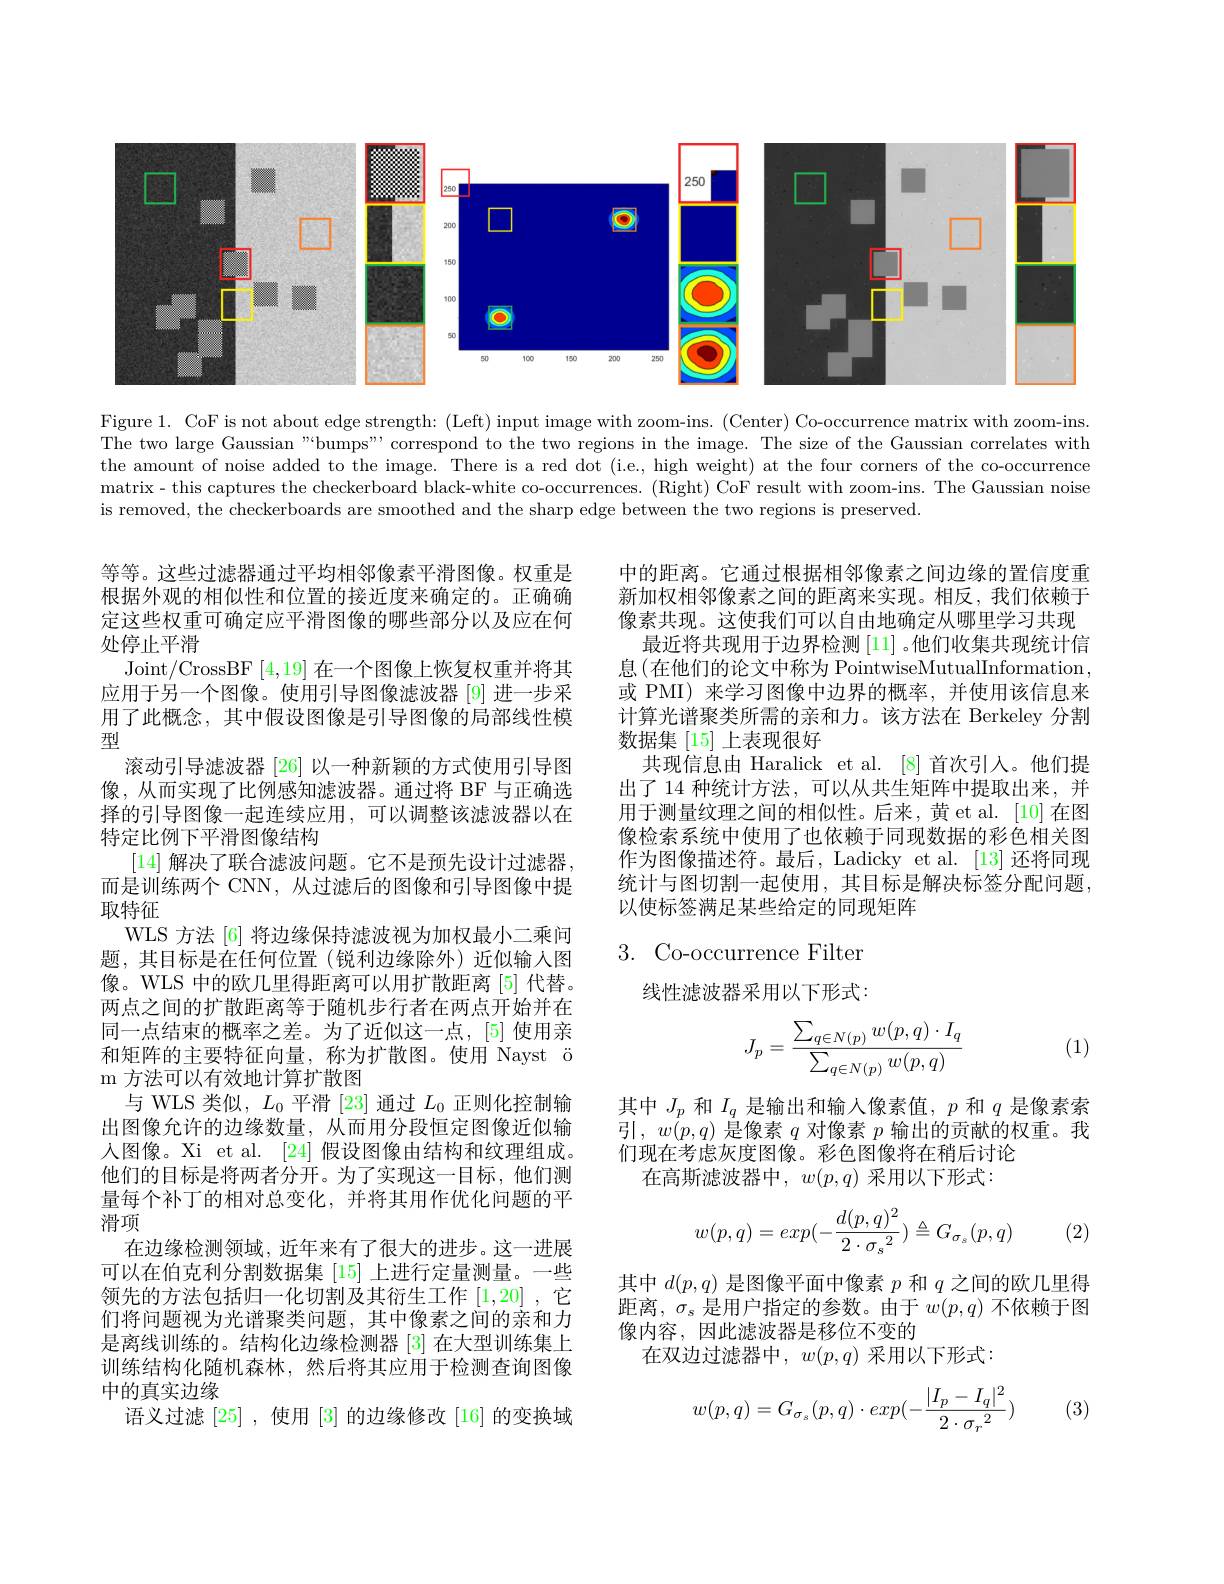
<FigureHere>

Figure 1. CoF is not about edge strength: (Left) input image with zoom-ins. (Center) Co-occurrence matrix with zoom-ins. The two large Gaussian "'bumps", correspond to the two regions in the image. The size of the Gaussian correlates with the amount of noise added to the image. There is a red dot (i.e., high weight) at the four corners of the co-occurrence matrix- this captures the checkerboard black-white co-occurrences. (Right) CoF result with zoom-ins. The Gaussian noise is removed, the checkerboards are smoothed and the sharp edge between the two regions is preserved.

中的距离。它通过根据相邻像素之间边缘的置信度重新加权相邻像素之间的距离来实现。相反，我们依赖于像素共现。这使我们可以自由地确定从哪里学习共现
最近将共现用于边界检测[11] 。他们收集共现统计信息(在他们的论文中称为 PointwiseMutualInformation, 或 PMI) 来学习图像中边界的概率，并使用该信息来计算光谱聚类所需的亲和力。该方法在 Berkeley 分割数据集 [15] 上表现很好
共现信息由 Haralick et al. [8]首次引入。他们提出了 14 种统计方法，可以从共生矩阵中提取出来，并用于测量纹理之间的相似性。后来，黄 et al. [10] 在图像检索系统中使用了也依赖于同现数据的彩色相关图作为图像描述符。最后，Ladicky et al. [13] 还将同现统计与图切割一起使用，其目标是解决标签分配问题， 以使标签满足某些给定的同现矩阵

3. Co-occurrence Filter

线性滤波器采用以下形式：

等等。这些过滤器通过平均相邻像素平滑图像。权重是根据外观的相似性和位置的接近度来确定的。正确确定这些权重可确定应平滑图像的哪些部分以及应在何处停止平滑
Joint/CrossBF [4,19]在一个图像上恢复权重并将其应用于另一个图像。使用引导图像滤波器 [9] 进一步采用了此概念，其中假设图像是引导图像的局部线性模型
滚动引导滤波器[26]以一种新颖的方式使用引导图像，从而实现了比例感知滤波器。通过将 BF 与正确选择的引导图像一起连续应用，可以调整该滤波器以在特定比例下平滑图像结构
[14]解决了联合滤波问题。它不是预先设计过滤器， 而是训练两个 CNN, 从过滤后的图像和引导图像中提取特征
WLS 方法 [6] 将边缘保持滤波视为加权最小二乘间题，其目标是在任何位置(锐利边缘除外)近似输入图像。WLS 中的欧几里得距离可以用扩散距离[5]代替。两点之间的扩散距离等于随机步行者在两点开始并在同一点结束的概率之差。为了近似这一点，[5] 使用亲和矩阵的主要特征向量，称为扩散图。使用 Nayst ö m 方法可以有效地计算扩散图
与 WLS 类似，$L_0$平滑[23]通过$L_0$正则化控制输出图像允许的边缘数量，从而用分段恒定图像近似输人图像。Xi et al. [24] 假设图像由结构和纹理组成。他们的目标是将两者分开。为了实现这一目标，他们测量每个补丁的相对总变化，并将其用作优化问题的平滑项
在边缘检测领域，近年来有了很大的进步。这一进展可以在伯克利分割数据集[15]上进行定量测量。一些领先的方法包括归一化切割及其衍生工作[1,20] ,它们将问题视为光谱聚类问题，其中像素之间的亲和力是离线训练的。结构化边缘检测器 [3] 在大型训练集上训练结构化随机森林，然后将其应用于检测查询图像中的真实边缘
语义过滤[25] ,使用[3]的边缘修改 [16] 的变换域
$$J_p=\frac{\sum_{q\in N(p)}w(p,q)\cdot I_q}{\sum_{q\in N(p)}w(p,q)}$$
(1)

其中$J_p$和$I_q$是输出和输入像素值，$p$和$q$是像素索引$,w(p,q)$是像素$q$对像素$p$输出的贡献的权重。我们现在考虑灰度图像。彩色图像将在稍后讨论
在高斯滤波器中，$w(p,q)$采用以下形式
$$w(p,q)=exp(-\frac{d(p,q)^2}{2\cdot{\sigma_s}^2})\triangleq G_{\sigma_s}(p,q)$$
(2)

其中$d(p,q)$是图像平面中像素$p$和$q$之间的欧几里得距离，$\sigma_s$是用户指定的参数。由于$w(p,q)$不依赖于图像内容，因此滤波器是移位不变的
在双边过滤器中，$w(p,q)$采用以下形式：

(3)
$$w(p,q)=G_{\sigma_s}(p,q)\cdot exp(-\frac{|I_p-I_q|^2}{2\cdot{\sigma_r}^2})$$